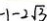
- 1 - 2 \sqrt { 3 }